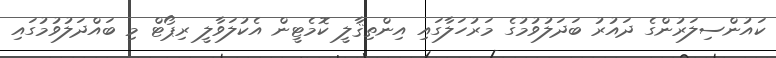
ކައުންސިލަރުންގެ ދައުރު ބަދަލުވުމުގެ މަރުހަލާގައި އިންތިޤާލީ ކޮމެޓީން އެކުލަވާލީ ރިޕޯޓް މި ބައްދަލުވުމުގައި